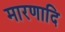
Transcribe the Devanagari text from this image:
मारणादि